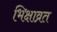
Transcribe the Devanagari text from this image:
भिक्षाव्रत